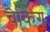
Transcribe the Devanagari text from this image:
चैकिंग